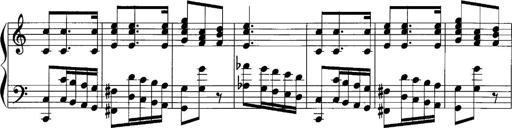
Title: Sonatina No.1
Composer: Otto Stoll
Key: C major